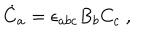
{ \dot { C } } _ { a } = \epsilon _ { a b c } B _ { b } C _ { c } \ ,